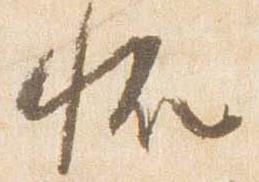
恠